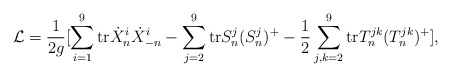
\begin{align*}{\cal L} = \frac {1}{2g} [ \sum_{i=1}^{9} \hbox {tr}\dot{X}^{i}_n \dot{X}^{i}_{-n}- \sum_{j=2}^9 \hbox {tr} S^{j}_n(S^j_n)^+- \frac {1}{2} \sum_{j,k=2} ^9 \hbox {tr} T^{jk}_n(T^{jk}_n)^+],\end{align*}